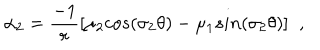
\alpha _ { 2 } = \frac { - 1 } { r } [ \mu _ { 2 } c o s ( \sigma _ { 2 } \theta ) - \mu _ { 1 } s i n ( \sigma _ { 2 } \theta ) ] \; \; ,